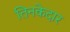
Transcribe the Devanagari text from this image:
तिनकेदार